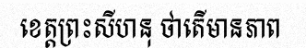
ខេត្តព្រះសីហនុ ថាតើមានភាព